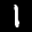
Label: 1